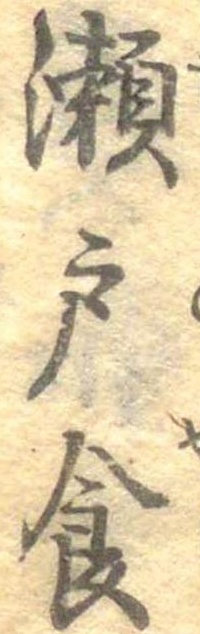
せ戸食